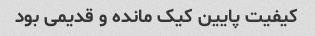
کیفیت پایین کیک مانده و قدیمی بود